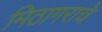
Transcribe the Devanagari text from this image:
मिठागराचे